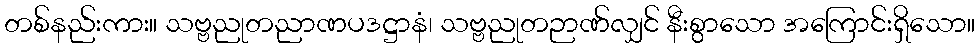
တစ်နည်းကား။ သဗ္ဗညုတညာဏပဒဋ္ဌာနံ၊ သဗ္ဗညုတဉာဏ်လျှင် နီးစွာသော အကြောင်းရှိသော။